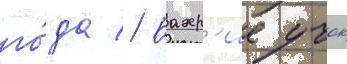
го́да // Бахр'ие учок